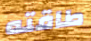
طاقته